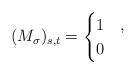
LaTeX: \begin{align*}(M_\sigma)_{s,t} =\begin{cases}1 & , \\0 & \end{cases}\end{align*}